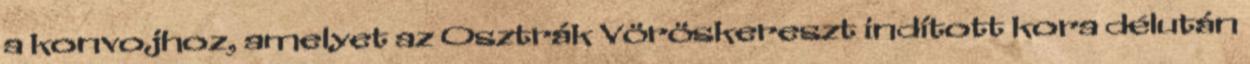
a konvojhoz, amelyet az Osztrák Vöröskereszt indított kora délután